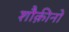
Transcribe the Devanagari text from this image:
शौक़ीनों